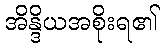
အိန္ဒိယအစိုးရ၏